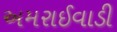
અમરાઈવાડી